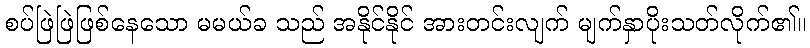
စပ်ဖြဲဖြဲဖြစ်နေသော မမယ်ခ သည် အနိုင်နိုင် အားတင်းလျက် မျက်နှာပိုးသတ်လိုက်၏။